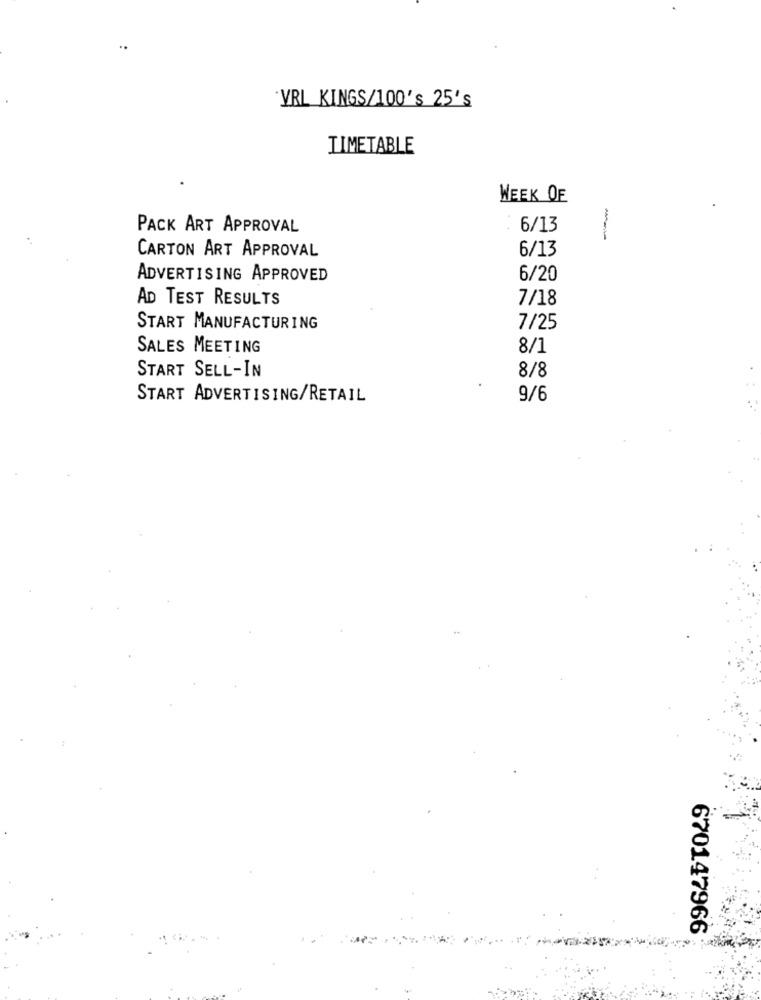
"VRL KINGS/100's 25's
TIMETABLE
WEEK OF
PACK ART APPROVAL
6/13
---
CARTON ART APPROVAL
6/13
ADVERTISING APPROVED
6/20
AD TEST RESULTS
7/18
START MANUFACTURING
7/25
SALES MEETING
8/1
START SELL-IN
8/8
START ADVERTISING/RETAIL
9/6
670147966